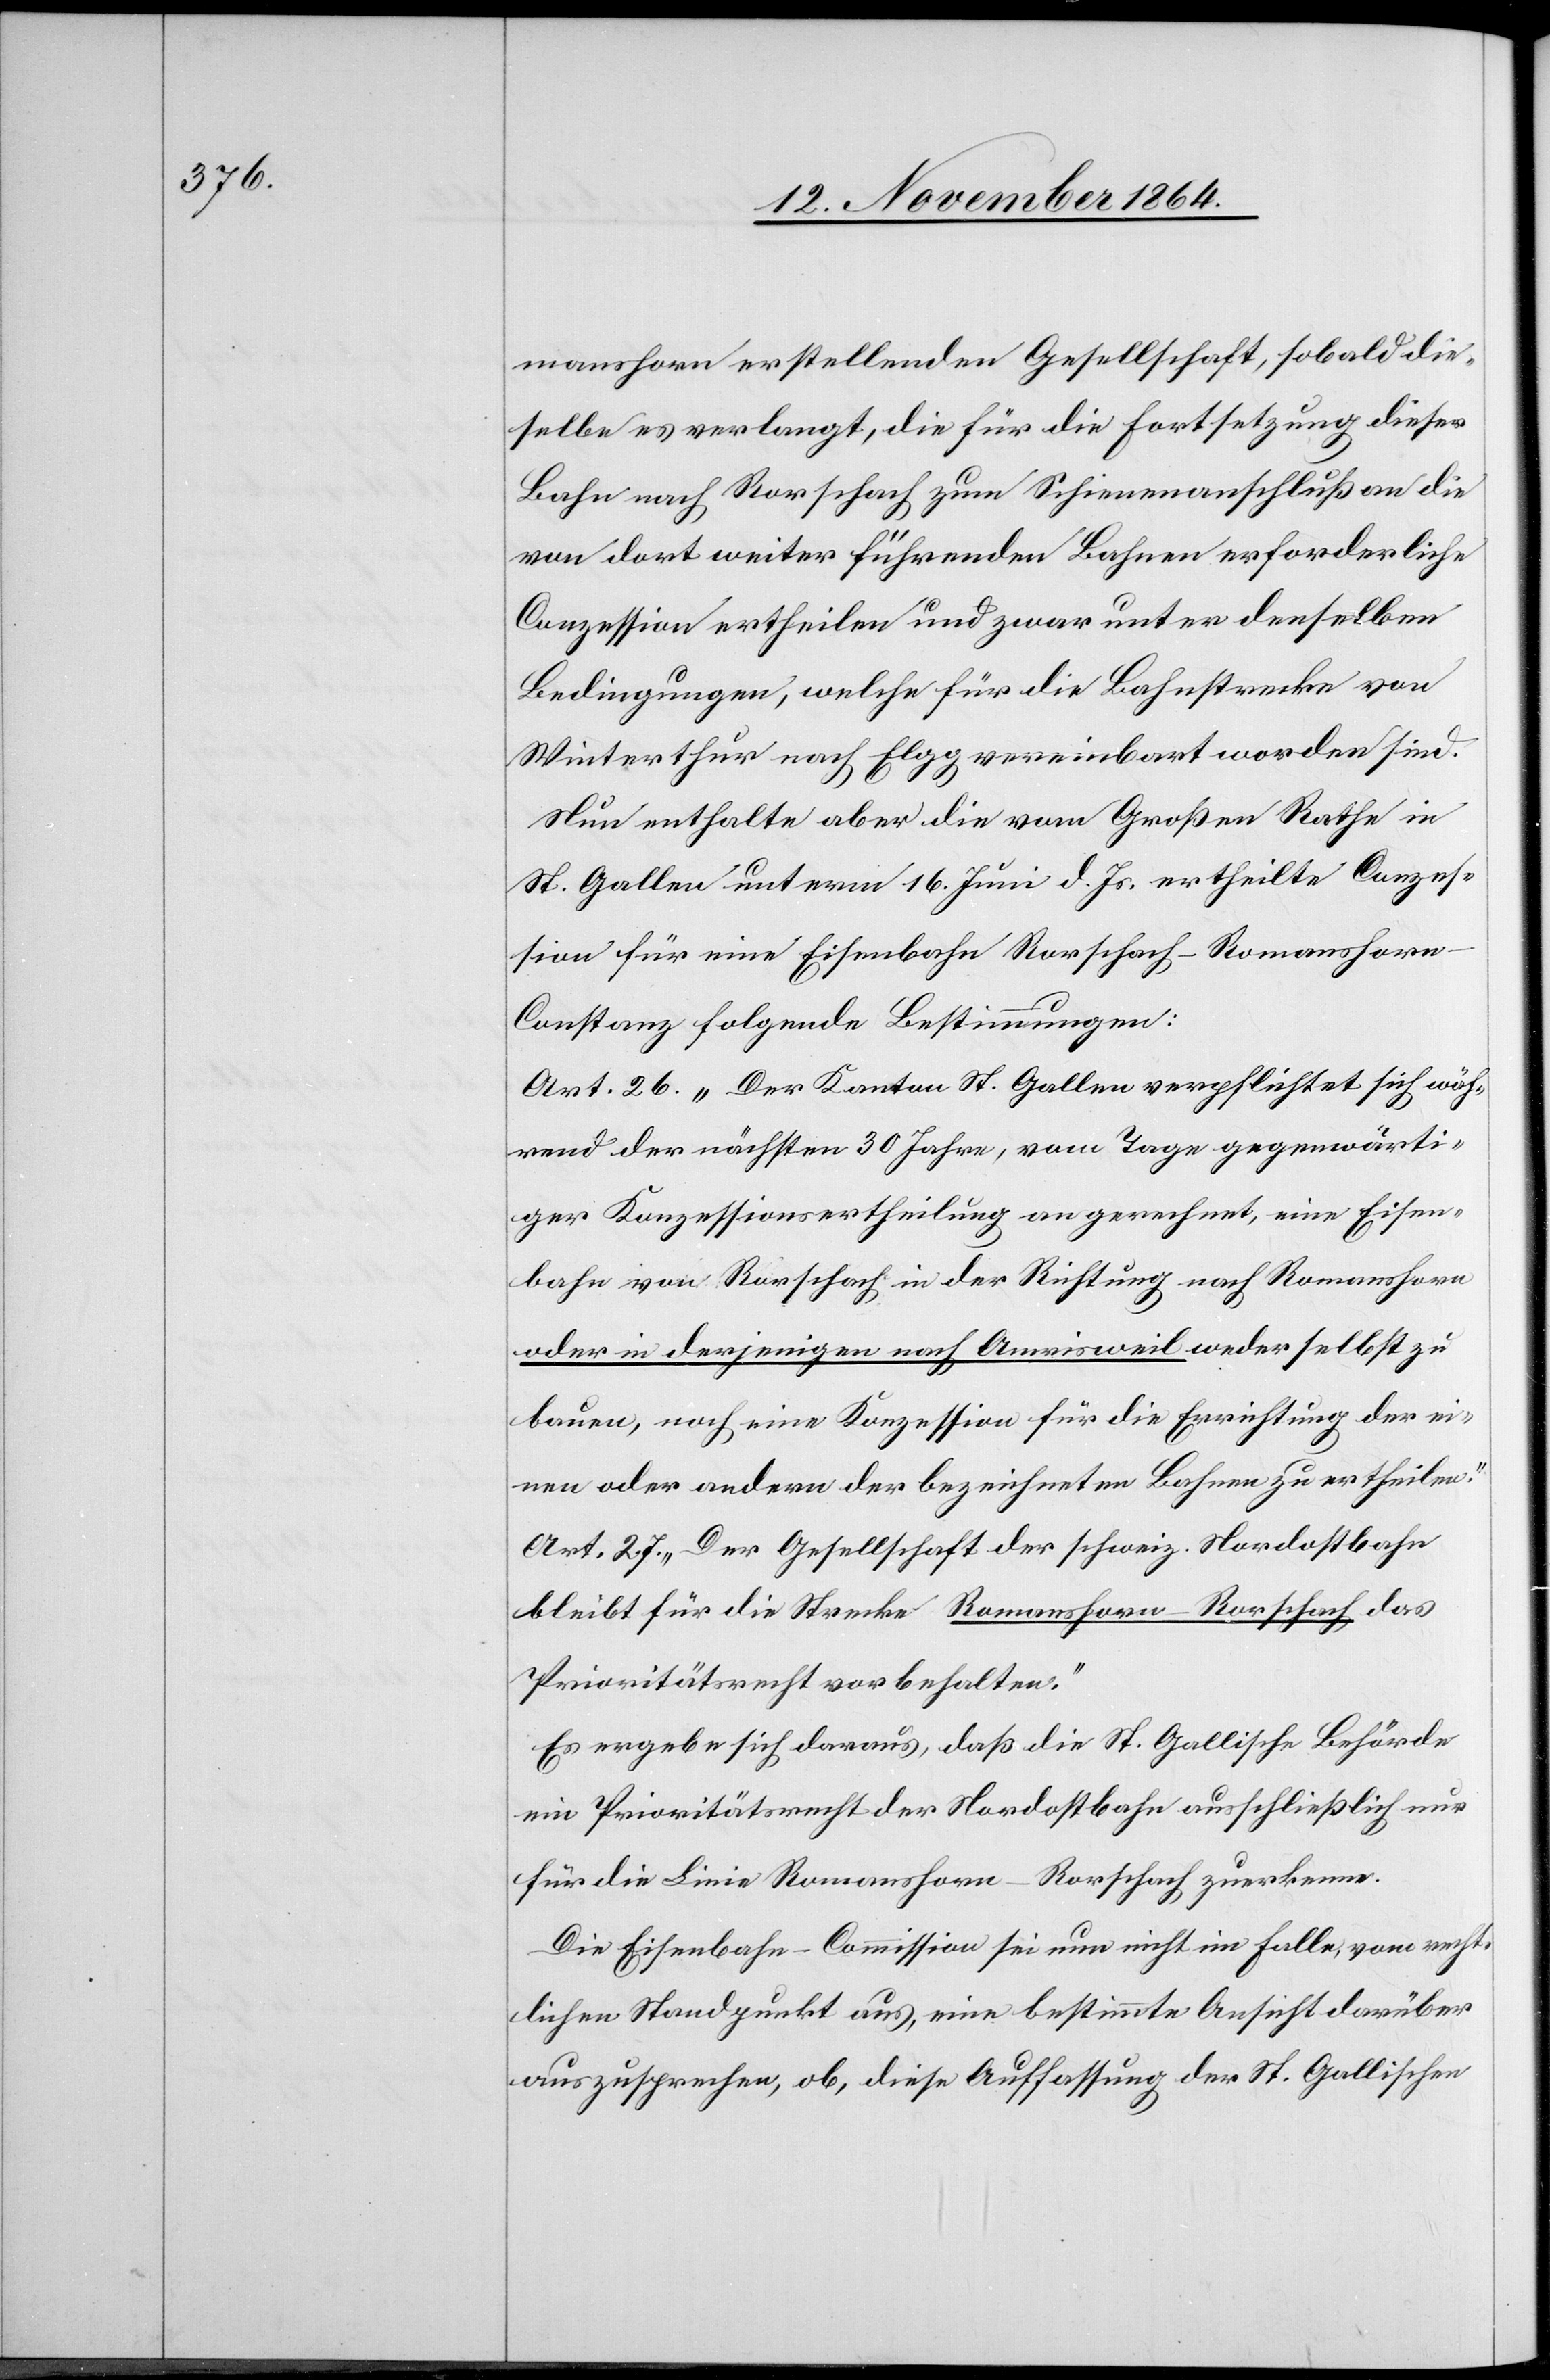
manshorn erstellenden Gesellschaft, sobald die¬
selbe es verlangt, die für die Fortsetzung dieser
Bahn nach Rorschach zum Schienenanschluß an die
von dort weiter führenden Bahnen erforderliche
Conzession ertheilen und zwar unter denselben
Bedingungen, welche für die Bahnstrecke von
Winterthur nach Elgg vereinbart worden sind.
Nun enthalte aber die vom Großen Rathe in
St. Gallen unterm 16. Juni d. Js. ertheilte Conzes¬
sion für eine Eisenbahn Rorschach–Romanshor¬
n–Constanz folgende Bestimmungen:
Art. 26. „Der Kanton St. Gallen verpflichtet sich wäh¬
rend der nächsten 30 Jahre, vom Tage gegenwärti¬
ger Konzessionsertheilung angerechnet, eine Eisen¬
bahn von Rorschach in der Richtung nach Romanshorn
oder in derjenigen nach Amrisweil weder selbst zu
bauen, noch eine Konzession für die Errichtung der ei¬
nen oder andern der bezeichneten Bahnen zu ertheilen.“
Art. 27. „Der Gesellschaft der schweiz. Nordostbahn
bleibt für die Strecke Romanshorn–Rorschach das
Prioritätsrecht vorbehalten.“
Es ergebe sich daraus, daß die St. Gallische Behörde
ein Prioritätsrecht der Nordostbahn ausschließlich nur
für die Linie Romanshorn–Rorschach zuerkenne.
Die Eisenbahn-Commission sei nun nicht im Falle, vom recht¬
lichen Standpunkt aus, eine bestimmte Ansicht darüber
auszusprechen, ob, diese Auffassung der St. Gallischen